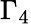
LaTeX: \Gamma_{4}